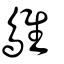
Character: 鵻